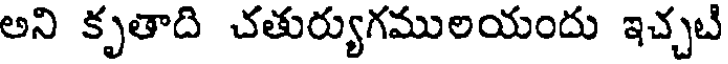
అని కృతాది చతుర్యుగములయందు ఇచ్చటి